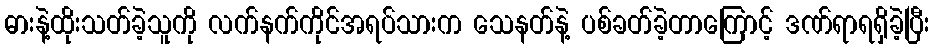
ဓားနဲ့ထိုးသတ်ခဲ့သူကို လက်နက်ကိုင်အရပ်သားက သေနတ်နဲ့ ပစ်ခတ်ခဲ့တာကြောင့် ဒဏ်ရာရရှိခဲ့ပြီး